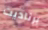
برناديت